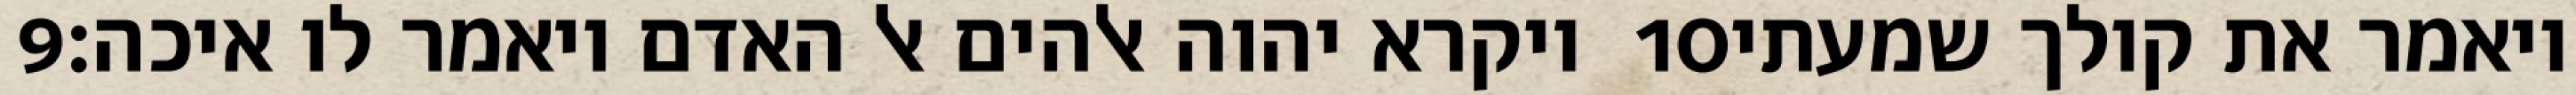
‎9‏ ויקרא יהוה אלהים אל האדם ויאמר לו איכה׃ ‎10‏ ויאמר את קולך שמעתי